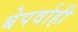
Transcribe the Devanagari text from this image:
बेपर्वाही